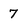
Character: 7